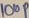
Text: 100P